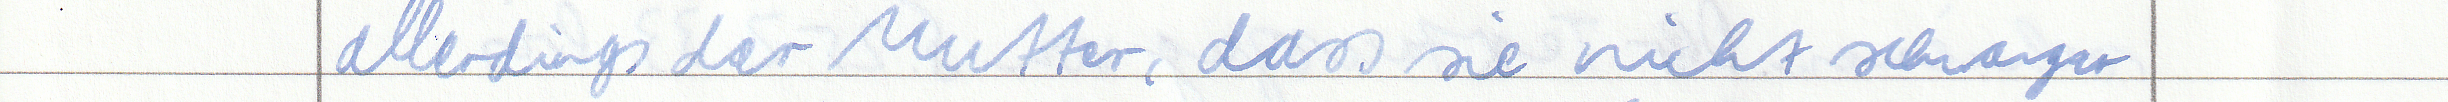
allerdings der Mutter, dass sie nicht schwanger